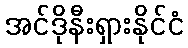
အင်ဒိုနီးရှားနိုင်ငံ